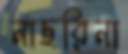
নাছরিনা